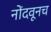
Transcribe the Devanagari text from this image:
नोंदवूनच